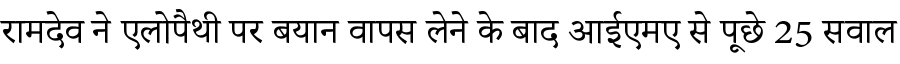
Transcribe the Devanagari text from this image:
रामदेव ने एलोपैथी पर बयान वापस लेने के बाद आईएमए से पूछे 25 सवाल